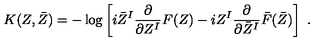
K ( Z , \bar { Z } ) = - \log \left[ i \bar { Z } ^ { I } \frac { \partial } { \partial Z ^ { I } } F ( Z ) - i Z ^ { I } \frac { \partial } { \partial \bar { Z } ^ { I } } \bar { F } ( \bar { Z } ) \right] \ .